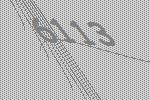
6113